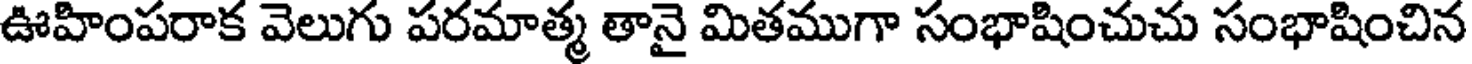
ఊహింపరాక వెలుగు పరమాత్మ తానై మితముగా సంభాషించుచు సంభాషించిన